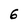
Character: 6